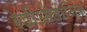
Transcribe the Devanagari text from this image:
रेडीओलोजिक